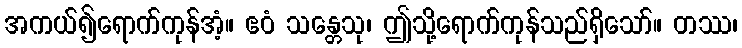
အကယ်၍ရောက်ကုန်အံ့။ ဧဝံ သန္တေသု၊ ဤသို့ရောက်ကုန်သည်ရှိသော်။ တဿ၊